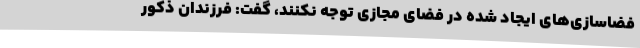
فضاسازی‌های ایجاد شده در فضای مجازی توجه نکنند، گفت: فرزندان ذکور